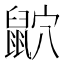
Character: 𪕏